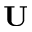
\textbf { U }